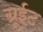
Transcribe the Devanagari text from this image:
ग्रूईट